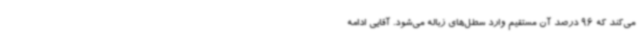
می‌کند که 96 درصد آن مستقیم وارد سطل‌های زباله می‌شود. آقایی ادامه